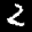
Label: 2